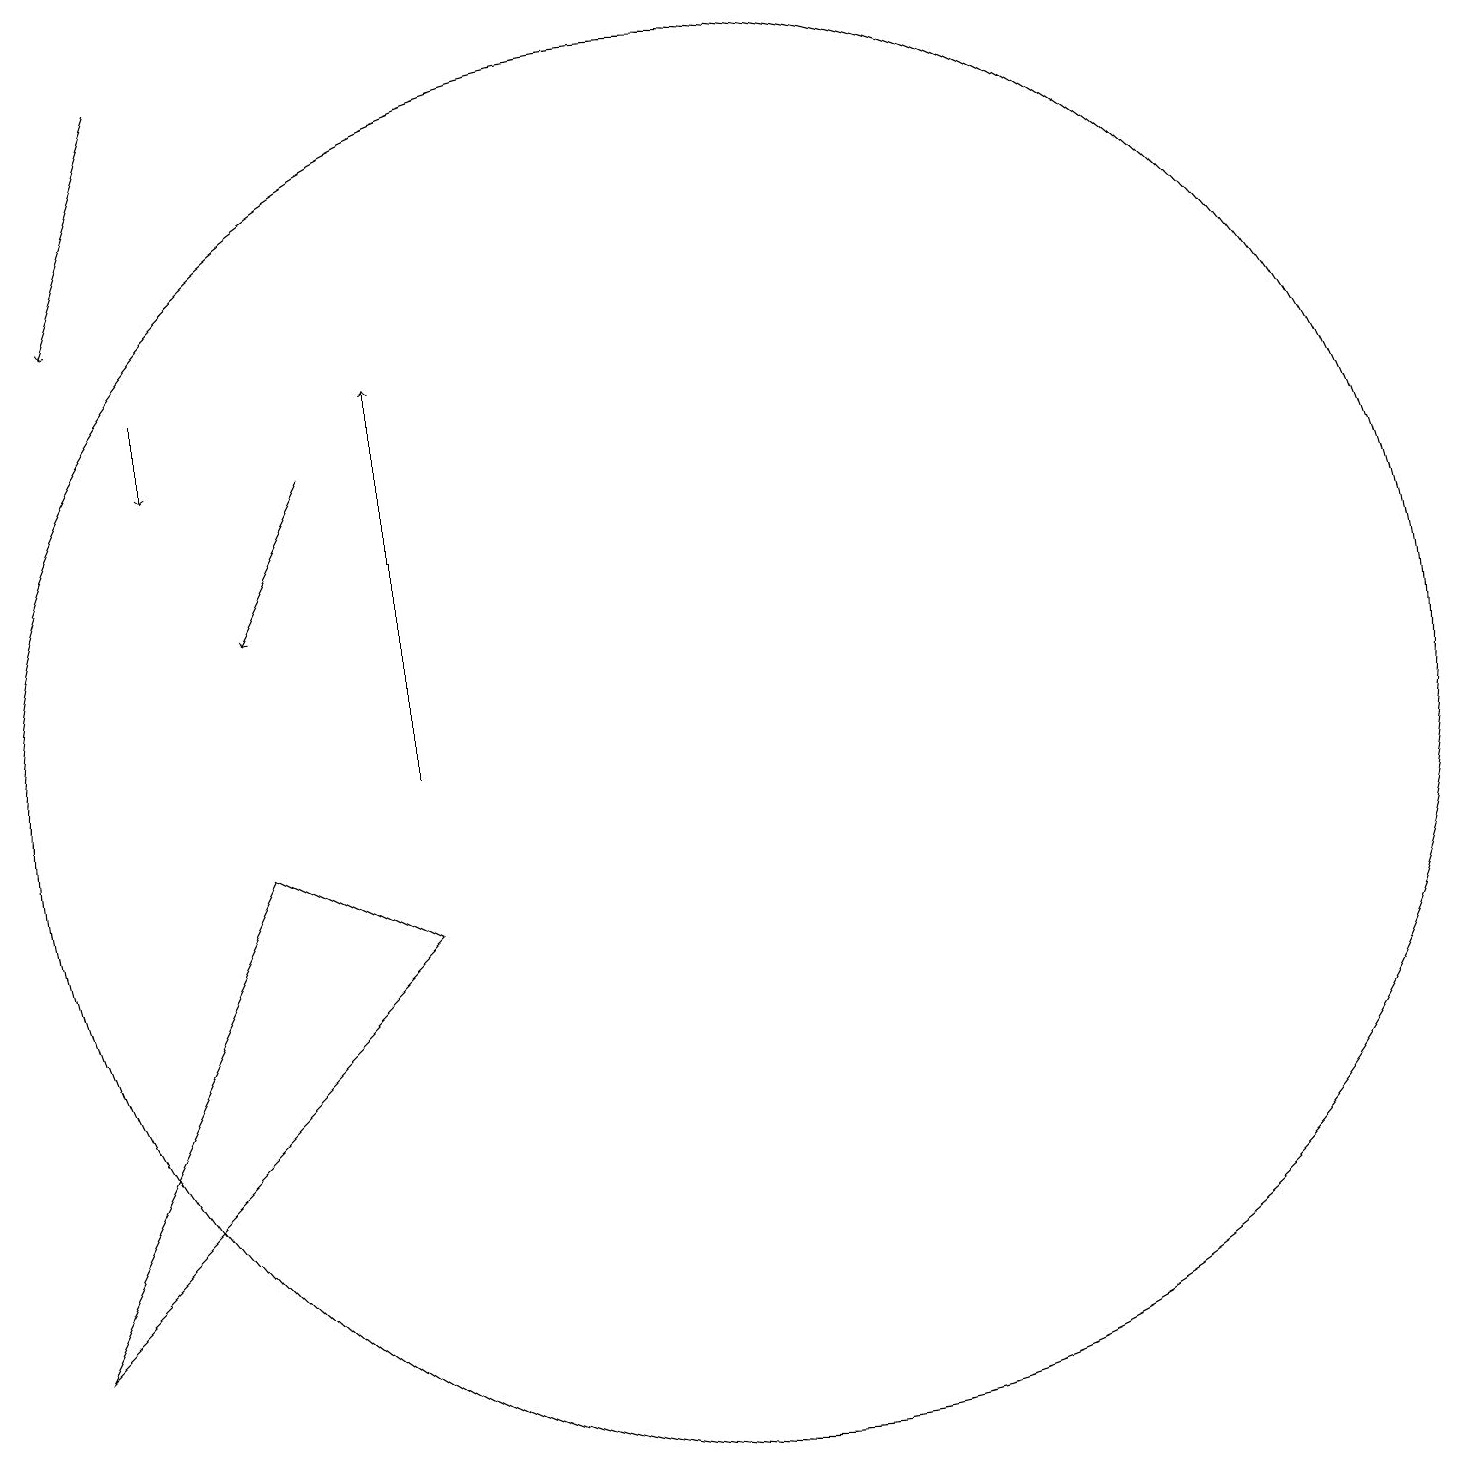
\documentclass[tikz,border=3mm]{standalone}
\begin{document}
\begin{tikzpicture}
\draw (12,10) circle (9);
\draw[->] (5,19) -- (4,16);
\draw (8,8) -- (3,3) -- (6,9) -- cycle;
\draw[->] (5,15) -- (5,14);
\draw[->] (7,14) -- (6,12);
\draw[->] (8,10) -- (8,15);
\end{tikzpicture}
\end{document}